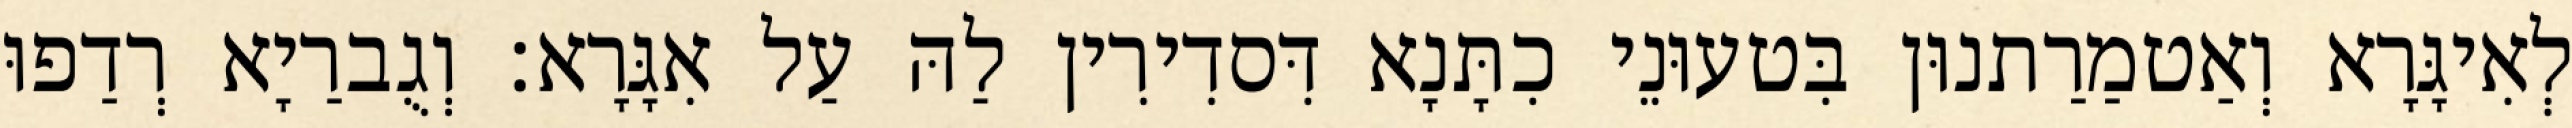
לְאִיגָּרָא וְאַטמַרַתנוּן בִּטעוּנֵי כִתָּנָא דִּסדִירִין לַהּ עַל אִגָּרָא׃ וְגֻברַיָא רְדַפוּ